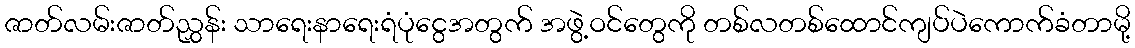
ဇာတ်လမ်းဇာတ်ညွှန်း သာရေးနာရေးရံပုံငွေအတွက် အဖွဲ့ဝင်တွေကို တစ်လတစ်ထောင်ကျပ်ပဲကောက်ခံတာမို့